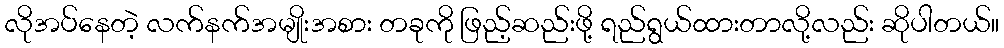
လိုအပ်နေတဲ့ လက်နက်အမျိုးအစား တခုကို ဖြည့်ဆည်းဖို့ ရည်ရွယ်ထားတာလို့လည်း ဆိုပါတယ်။